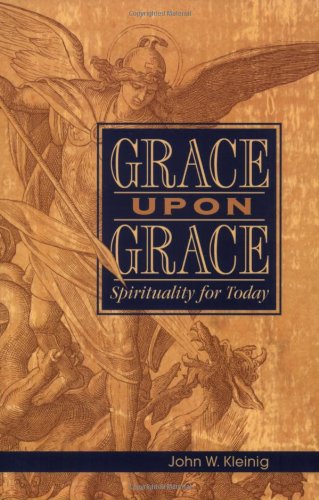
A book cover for Grace Upon Grace: Spirituality for Today; John W. Kleinig; Christian Books & Bibles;